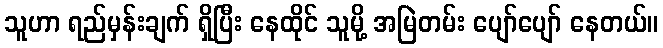
သူဟာ ရည်မှန်းချက် ရှိပြီး နေထိုင် သူမို့ အမြဲတမ်း ပျော်ပျော် နေတယ်။